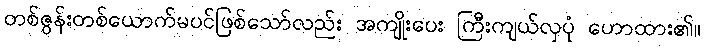
တစ်ဇွန်းတစ်ယောက်မပင်ဖြစ်သော်လည်း အကျိုးပေး ကြီးကျယ်လှပုံ ဟောထား၏။